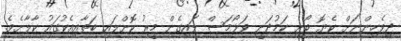
ދިވެހިންނަށް ކެޔޮ ބޯށި ކަމުދަނީ ވަޅޯމަސް ލައިގެން މީރު ކޮށްލައި ބަތާއިއެކުގައު ކާލާށެވެ.